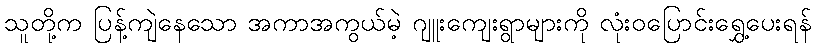
သူတို့က ပြန့်ကျဲနေသော အကာအကွယ်မဲ့ ဂျူးကျေးရွာများကို လုံးဝပြောင်းရွှေ့ပေးရန်